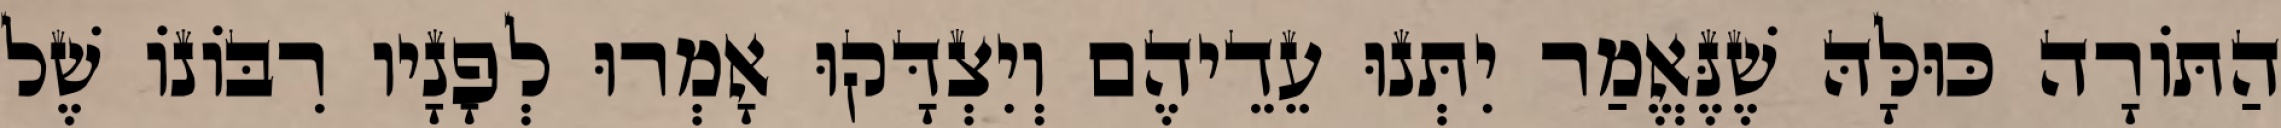
הַתּוֹרָה כּוּלָּהּ שֶׁנֶּאֱמַר יִתְּנוּ עֵדֵיהֶם וְיִצְדָּקוּ אָמְרוּ לְפָנָיו רִבּוֹנוֹ שֶׁל